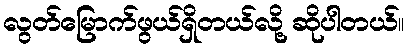
လွတ်မြောက်ဖွယ်ရှိတယ်လို့ ဆိုပါတယ်။